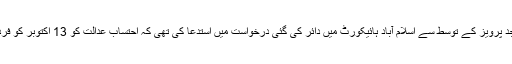
کیپٹن (ر) صفدر نے اپنے وکیل امجد پرویز کے توسط سے اسلام آباد ہائیکورٹ میں دائر کی گئی درخواست میں استدعا کی تھی کہ احتساب عدالت کو 13 اکتوبر کو فرد جرم عائد کرنے سے روکا جائے۔